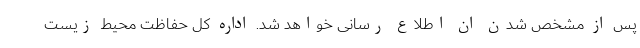
پس از مشخص شدن ان اطلاع رسانی خواهد شد. اداره کل حفاظت محیط زیست